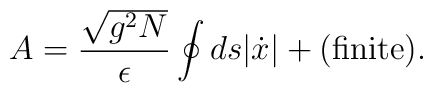
A = \frac{\sqrt{g^2N}}{\epsilon} \oint ds |\dot x| + \big({\rm finite}\big).